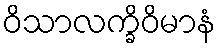
ဝိသာလက္ခိဝိမာနံ